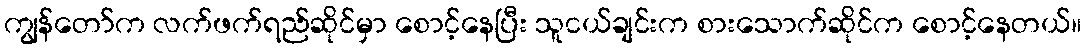
ကျွန်တော်က လက်ဖက်ရည်ဆိုင်မှာ စောင့်နေပြီး သူငယ်ချင်းက စားသောက်ဆိုင်က စောင့်နေတယ်။